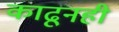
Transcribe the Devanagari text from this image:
काढूनही